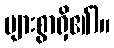
များစွာရှိ၏)။